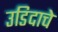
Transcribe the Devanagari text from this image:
उडिदाचे